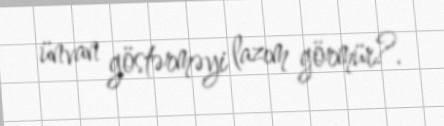
ünvan göstərməyi lazım görmür?.